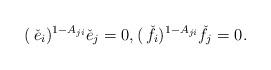
LaTeX: \begin{align*} (\, \check e_i)^{1- A_{ji}} \check e_j = 0, (\, \check f_i)^{1- A_{ji}} \check f_j = 0.\end{align*}